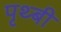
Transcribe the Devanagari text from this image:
पृथ्बी